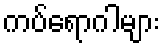
ကပ်ရောဂါများ